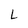
Character: L